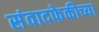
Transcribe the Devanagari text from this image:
संवादफेकीच्या